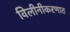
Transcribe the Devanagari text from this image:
विलीनीकरणात